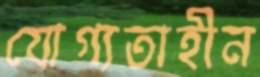
যোগ্যতাহীন